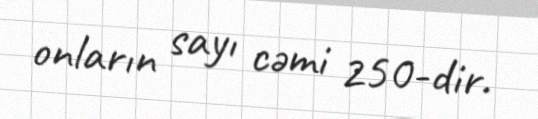
onların sayı cəmi 250-dir.